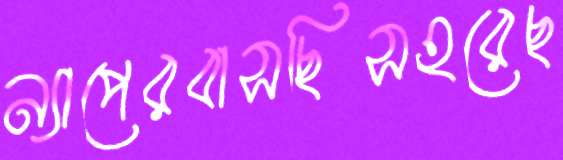
ন্যাপেরবাসছিসহরেছ